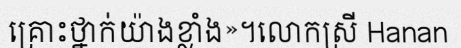
គ្រោះថ្នាក់យ៉ាងខ្លាំង»។លោកស្រី Hanan